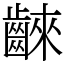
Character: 𪘨